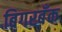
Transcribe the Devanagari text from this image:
बिगरबँक